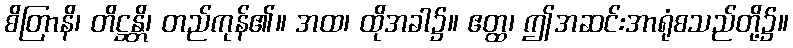
စိတြာနိ၊ တိဋ္ဌန္တိ၊ တည်ကုန်၏။ အထ၊ ထိုအခါ၌။ ဧတ္ထ၊ ဤအဆင်းအာရုံစသည်တို့၌။